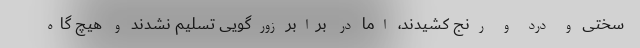
سختی و درد و رنج کشیدند، اما در برابر زورگویی تسلیم نشدند و هیچ گاه